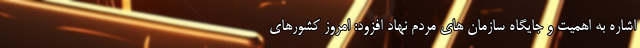
اشاره به اهمیت و جایگاه سازمان های مردم نهاد افزود: امروز کشورهای